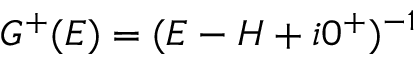
G ^ { + } ( E ) = ( E - H + i 0 ^ { + } ) ^ { - 1 }